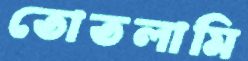
তোতলামি